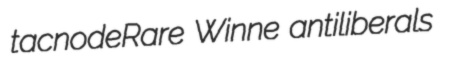
tacnodeRare Winne antiliberals